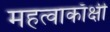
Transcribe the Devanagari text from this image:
महत्वाकाँक्षी